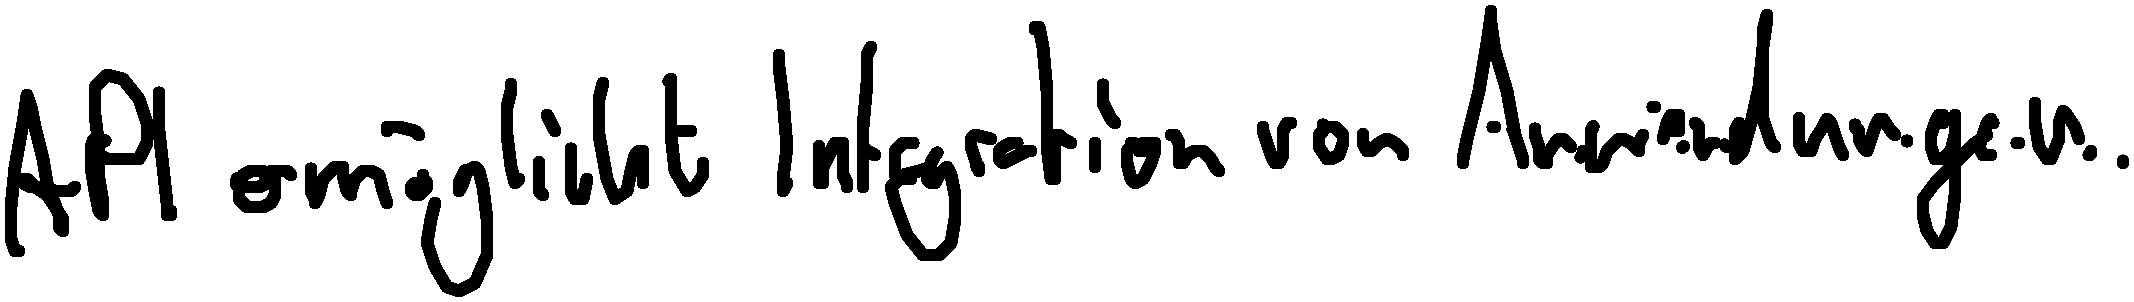
API ermöglicht Integration von Anwendungen.